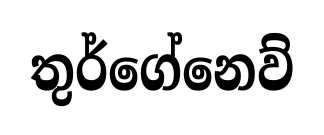
තුර්ගේනෙව්